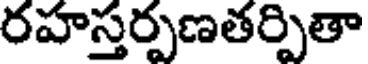
రహస్తర్పణతర్పితా